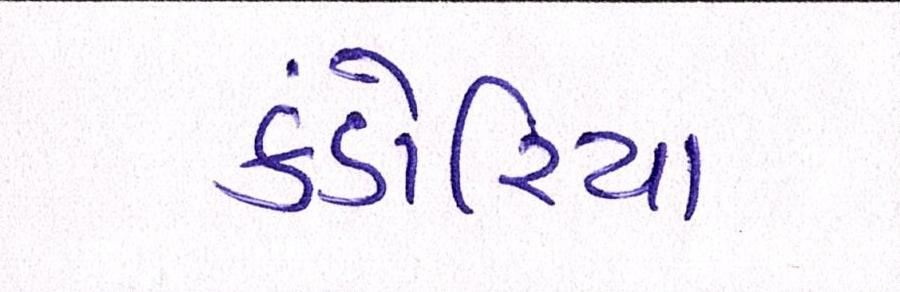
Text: કંડોરિયા